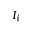
I _ { i }